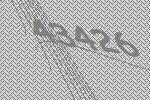
43426